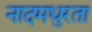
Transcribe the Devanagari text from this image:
नादमधुरता